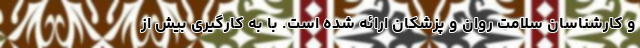
و کارشناسان سلامت روان و پزشکان ارائه شده است. با به کارگیری بیش از